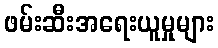
ဖမ်းဆီးအရေးယူမှုများ